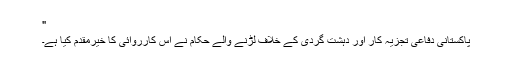
"
پاکستانی دفاعی تجزیہ کار اور دہشت گردی کے خلاف لڑنے والے حکام نے اس کارروائی کا خیرمقدم کیا ہے۔